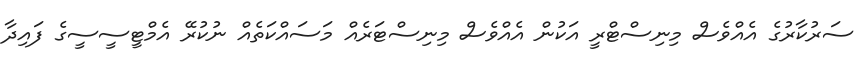
ސަރުކާރުގެ އެެއްވެސް މިނިސްޓްރީ އަކުން އެއްވެސް މިނިސްޓަރެއްް މަސައްކަތެއް ނުކުރޭ އެމްޓީސީސީގެ ފައިދާ